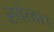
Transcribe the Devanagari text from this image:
खेळच